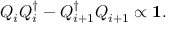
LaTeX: Q _ { i } Q _ { i } ^ { \dagger } - Q _ { i + 1 } ^ { \dagger } Q _ { i + 1 } \propto \mathbf { 1 } .